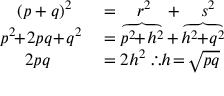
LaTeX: \begin{array} { r l } { ( p + q ) ^ { 2 } \; \; } & { { } = \quad r ^ { 2 } \; \; \, + \quad s ^ { 2 } } \\ { p ^ { 2 } \! \! + \! 2 p q \! + \! q ^ { 2 } } & { { } = \overbrace { p ^ { 2 } \! \! + \! h ^ { 2 } } + \overbrace { h ^ { 2 } \! \! + \! q ^ { 2 } } } \\ { 2 p q \quad \; \; \; } & { { } = 2 h ^ { 2 } \; \therefore h \! = \! { \sqrt { p q } } } \end{array}